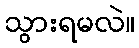
သွားရမလဲ။